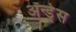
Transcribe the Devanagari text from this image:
ॲन्ड्रेस